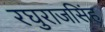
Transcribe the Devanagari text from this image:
रघुराजसिंह